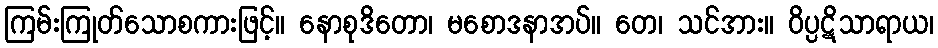
ကြမ်းကြုတ်သောစကားဖြင့်။ နောစုဒိတော၊ မစောဒနာအပ်။ တေ၊ သင်အား။ ဝိပ္ပဋိသာရာယ၊